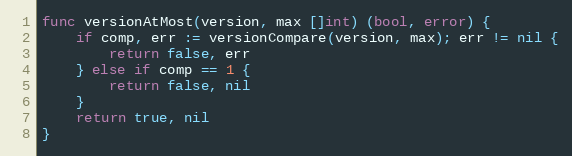
Language: Go
func versionAtMost(version, max []int) (bool, error) {
	if comp, err := versionCompare(version, max); err != nil {
		return false, err
	} else if comp == 1 {
		return false, nil
	}
	return true, nil
}